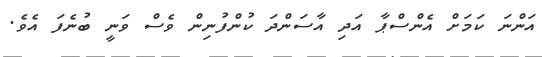
އަންނަ ކަމަށް އެންސްޕާ އަދި އާސަންދަ ކުންފުނިން ވެސް ވަނީ ބުނެފަ އެވެ.